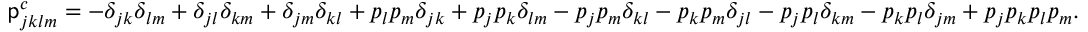
\mathsf { p } _ { j k l m } ^ { c } = - \delta _ { j k } \delta _ { l m } + \delta _ { j l } \delta _ { k m } + \delta _ { j m } \delta _ { k l } + p _ { l } p _ { m } \delta _ { j k } + p _ { j } p _ { k } \delta _ { l m } - p _ { j } p _ { m } \delta _ { k l } - p _ { k } p _ { m } \delta _ { j l } - p _ { j } p _ { l } \delta _ { k m } - p _ { k } p _ { l } \delta _ { j m } + p _ { j } p _ { k } p _ { l } p _ { m } .